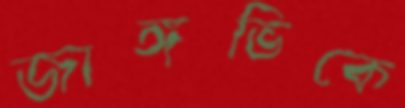
জাঙ্গভিকে